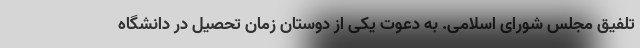
تلفیق مجلس شورای اسلامی. به دعوت یکی از دوستان زمان تحصیل در دانشگاه